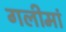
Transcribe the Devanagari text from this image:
गलीमां